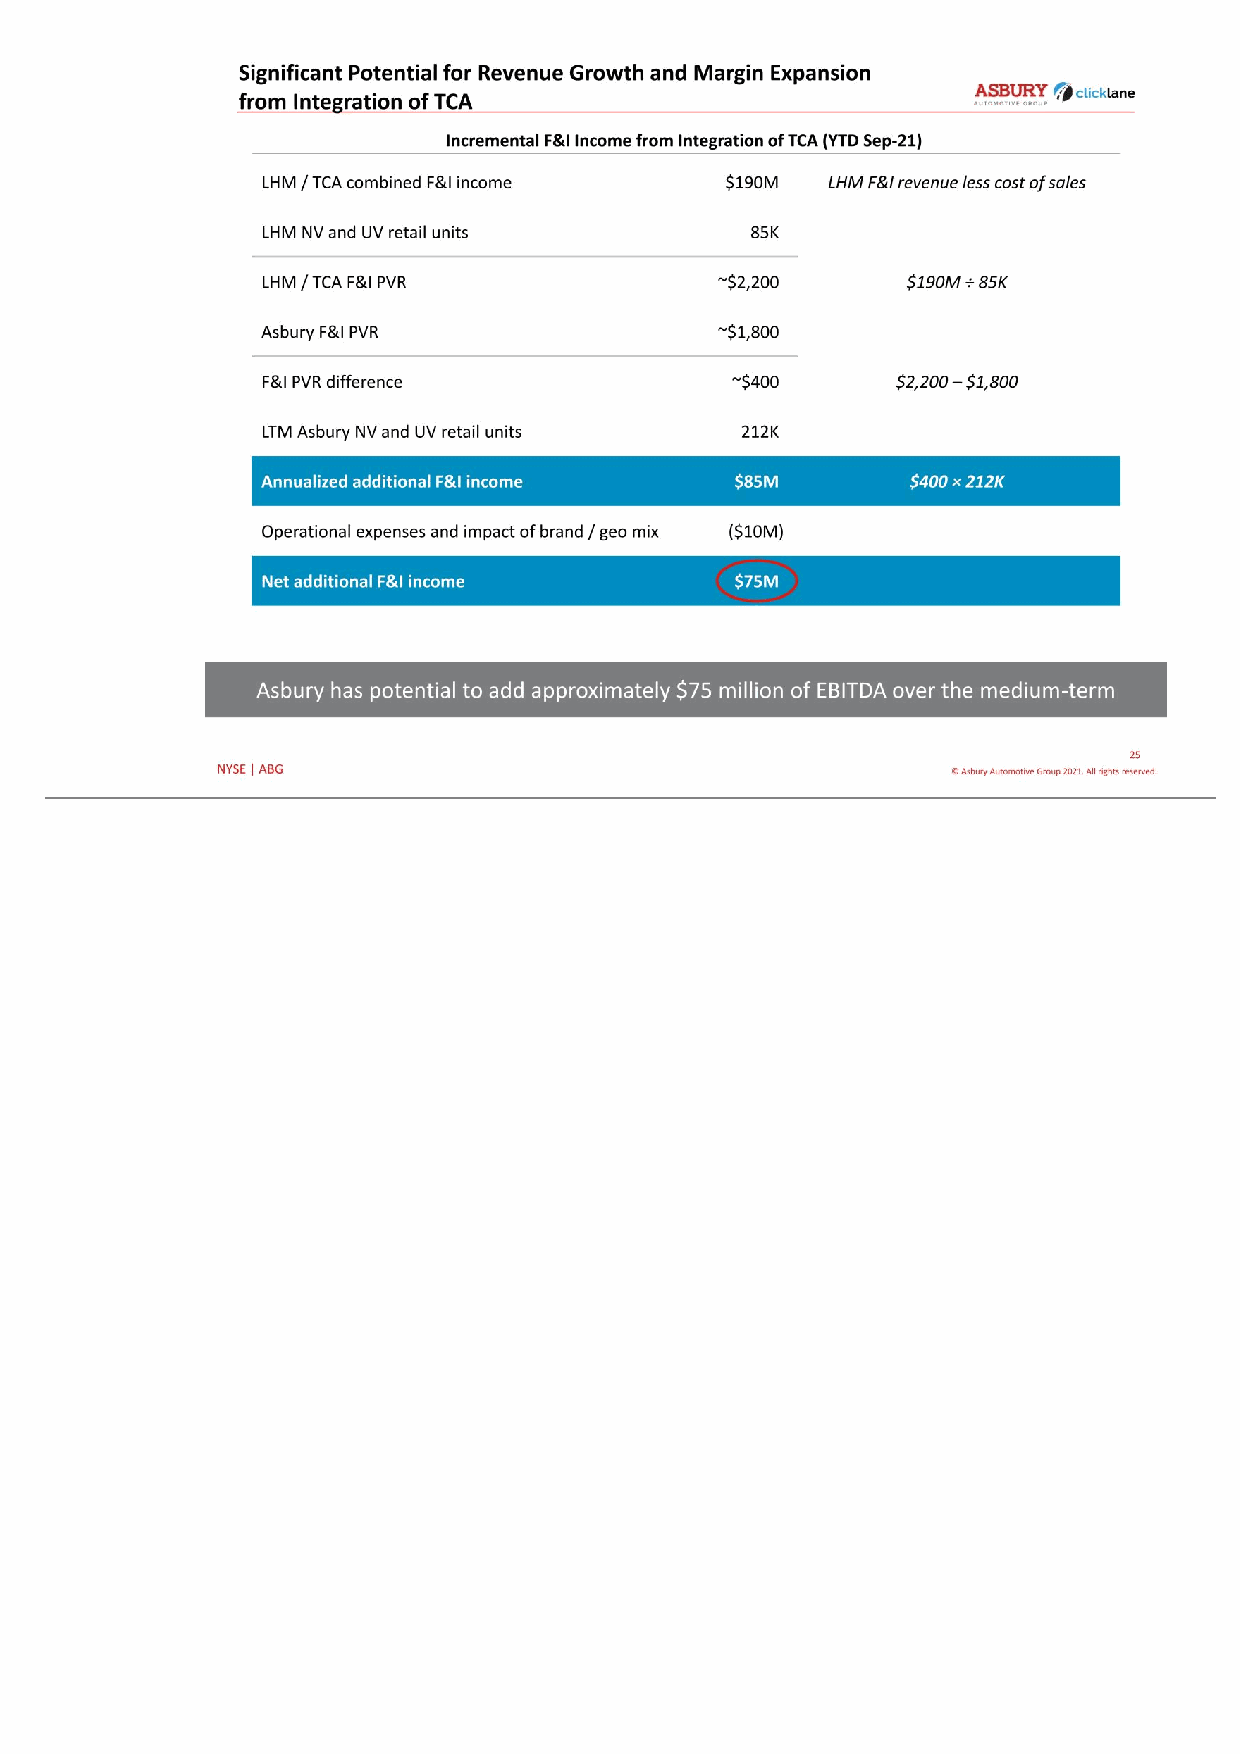
25 © Asbury Automotive Group 2021. All rights reserved.NYSE | ABG Significant Potential for Revenue Growth and Margin Expansion from Integration of TCA Incremental F&I Income from Integration of TCA (YTD Sep-21) LHM / TCA combined F&I income $190M LHM F&I revenue less cost of sales LHM NV and UV retail units 85K LHM / TCA F&I PVR ~$2,200 $190M ÷ 85K Asbury F&I PVR ~$1,800 F&I PVR difference ~$400 $2,200 – $1,800 LTM Asbury NV and UV retail units 212K Annualized additional F&I income $85M $400 × 212K Operational expenses and impact of brand / geo mix ($10M) Net additional F&I income $75M Asbury has potential to add approximately $75 million of EBITDA over the medium-term